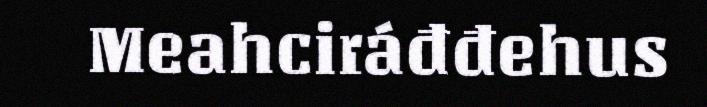
Meahciráđđehus